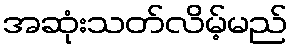
အဆုံးသတ်လိမ့်မည်